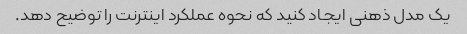
یک مدل ذهنی ایجاد کنید که نحوه عملکرد اینترنت را توضیح دهد.